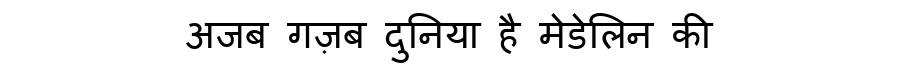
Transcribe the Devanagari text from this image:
अजब गज़ब दुनिया है मेडेलिन की